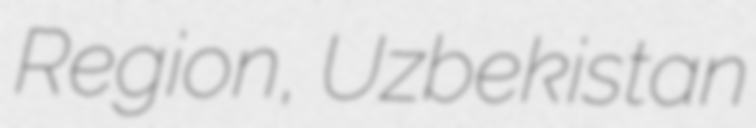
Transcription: Region, Uzbekistan